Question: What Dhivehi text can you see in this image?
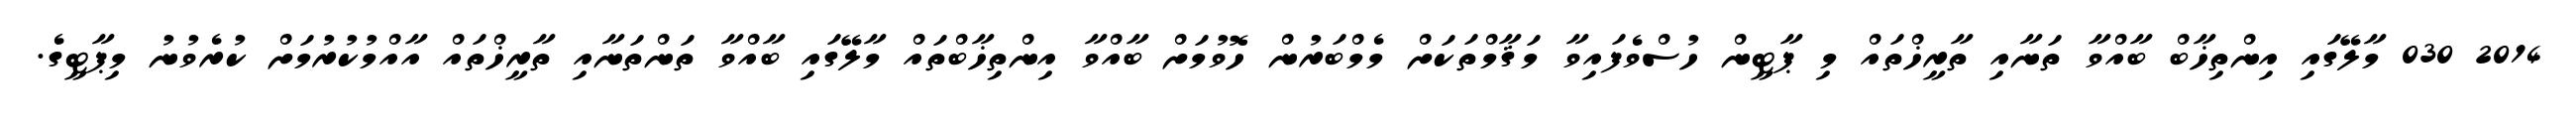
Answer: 2014 030 މާލޭގައި އިންތިޚާބް ބާއްވާ ތަނާއި ތާރީޚްތައް މި ޕާޓީން ހުސްވެފައިވާ މަޤާމްތަކަށް މެމްބަރުން ހޮވުމަށް ބާއްވާ އިންތިޚާބްތައް މާލޭގައި ބާއްވާ ތަންތަނާއި ތާރީޚްތައް އާއްމުކުރުމަށް ކުރެވުނު މިޕާޓީގެ.